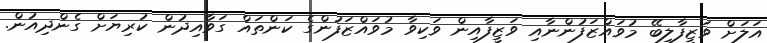
އަލަށް ވަޒީފާލިބޭ މުވައްޒަފުންނާއި ވަޒީފާއިން ވަކިވާ މުވައްޒަފުންގެ ކަންތައް ގަވާއިދުން ކުރިޔަށް ގެންދިއުން.